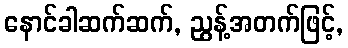
နောင်ခါဆက်ဆက်, ညွန့်အတက်ဖြင့်,